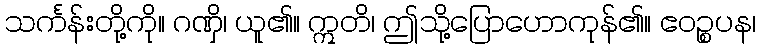
သင်္ကန်းတို့ကို။ ဂဏှိ၊ ယူ၏။ ဣတိ၊ ဤသို့ပြောဟောကုန်၏။ ဧဝဉ္စပန၊